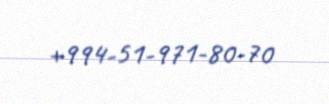
+994-51-971-80-70